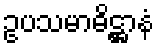
ဥပသမာဓိဋ္ဌာနံ